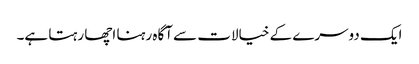
ایک دوسرے کے خیالات سے آگاہ رہنا اچھا رہتا ہے۔